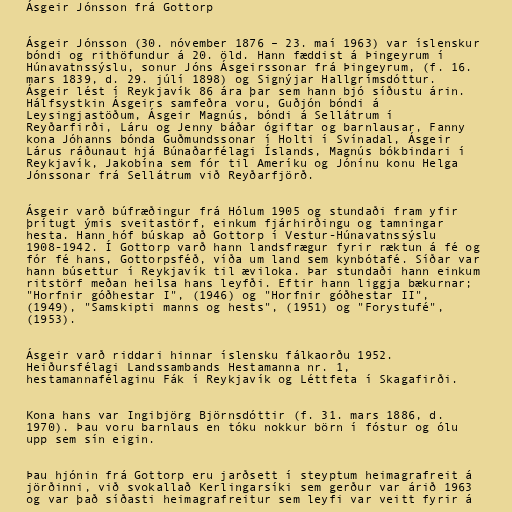
Ásgeir Jónsson frá Gottorp

Ásgeir Jónsson (30. nóvember 1876 – 23. maí 1963) var íslenskur
bóndi og rithöfundur á 20. öld. Hann fæddist á Þingeyrum í
Húnavatnssýslu, sonur Jóns Ásgeirssonar frá Þingeyrum, (f. 16.
mars 1839, d. 29. júlí 1898) og Signýjar Hallgrímsdóttur.
Ásgeir lést í Reykjavík 86 ára þar sem hann bjó síðustu árin.
Hálfsystkin Ásgeirs samfeðra voru, Guðjón bóndi á
Leysingjastöðum, Ásgeir Magnús, bóndi á Sellátrum í
Reyðarfirði, Láru og Jenny báðar ógiftar og barnlausar, Fanny
kona Jóhanns bónda Guðmundssonar í Holti í Svínadal, Ásgeir
Lárus ráðunaut hjá Búnaðarfélagi Íslands, Magnús bókbindari í
Reykjavík, Jakobína sem fór til Ameríku og Jónínu konu Helga
Jónssonar frá Sellátrum við Reyðarfjörð.

Ásgeir varð búfræðingur frá Hólum 1905 og stundaði fram yfir
þrítugt ýmis sveitastörf, einkum fjárhirðingu og tamningar
hesta. Hann hóf búskap að Gottorp í Vestur-Húnavatnssýslu
1908-1942. Í Gottorp varð hann landsfrægur fyrir ræktun á fé og
fór fé hans, Gottorpsféð, víða um land sem kynbótafé. Síðar var
hann búsettur í Reykjavík til æviloka. Þar stundaði hann einkum
ritstörf meðan heilsa hans leyfði. Eftir hann liggja bækurnar;
"Horfnir góðhestar I", (1946) og "Horfnir góðhestar II",
(1949), "Samskipti manns og hests", (1951) og "Forystufé",
(1953).

Ásgeir varð riddari hinnar íslensku fálkaorðu 1952.
Heiðursfélagi Landssambands Hestamanna nr. 1,
hestamannafélaginu Fák í Reykjavík og Léttfeta í Skagafirði.

Kona hans var Ingibjörg Björnsdóttir (f. 31. mars 1886, d.
1970). Þau voru barnlaus en tóku nokkur börn í fóstur og ólu
upp sem sín eigin.

Þau hjónin frá Gottorp eru jarðsett í steyptum heimagrafreit á
jörðinni, við svokallað Kerlingarsíki sem gerður var árið 1963
og var það síðasti heimagrafreitur sem leyfi var veitt fyrir á